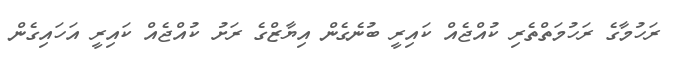
ރަހުމާގެ ރަހުމަތްތެރި ކުއްޖެއް ކައިރީ ބުނެގެން އިޔާޒްގެ ރަށު ކުއްޖެއް ކައިރީ އަހައިގެން